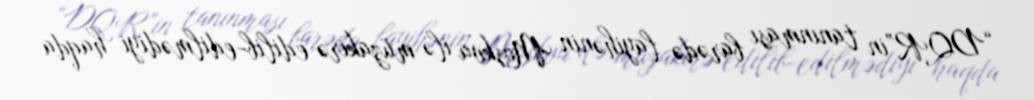
“DQR”in tanınması barədə layihənin Moskva ilə müzakirə edilib-edilmədiyi haqda